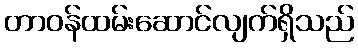
တာဝန်ထမ်းဆောင်လျက်ရှိသည်